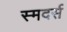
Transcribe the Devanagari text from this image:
स्मदर्स